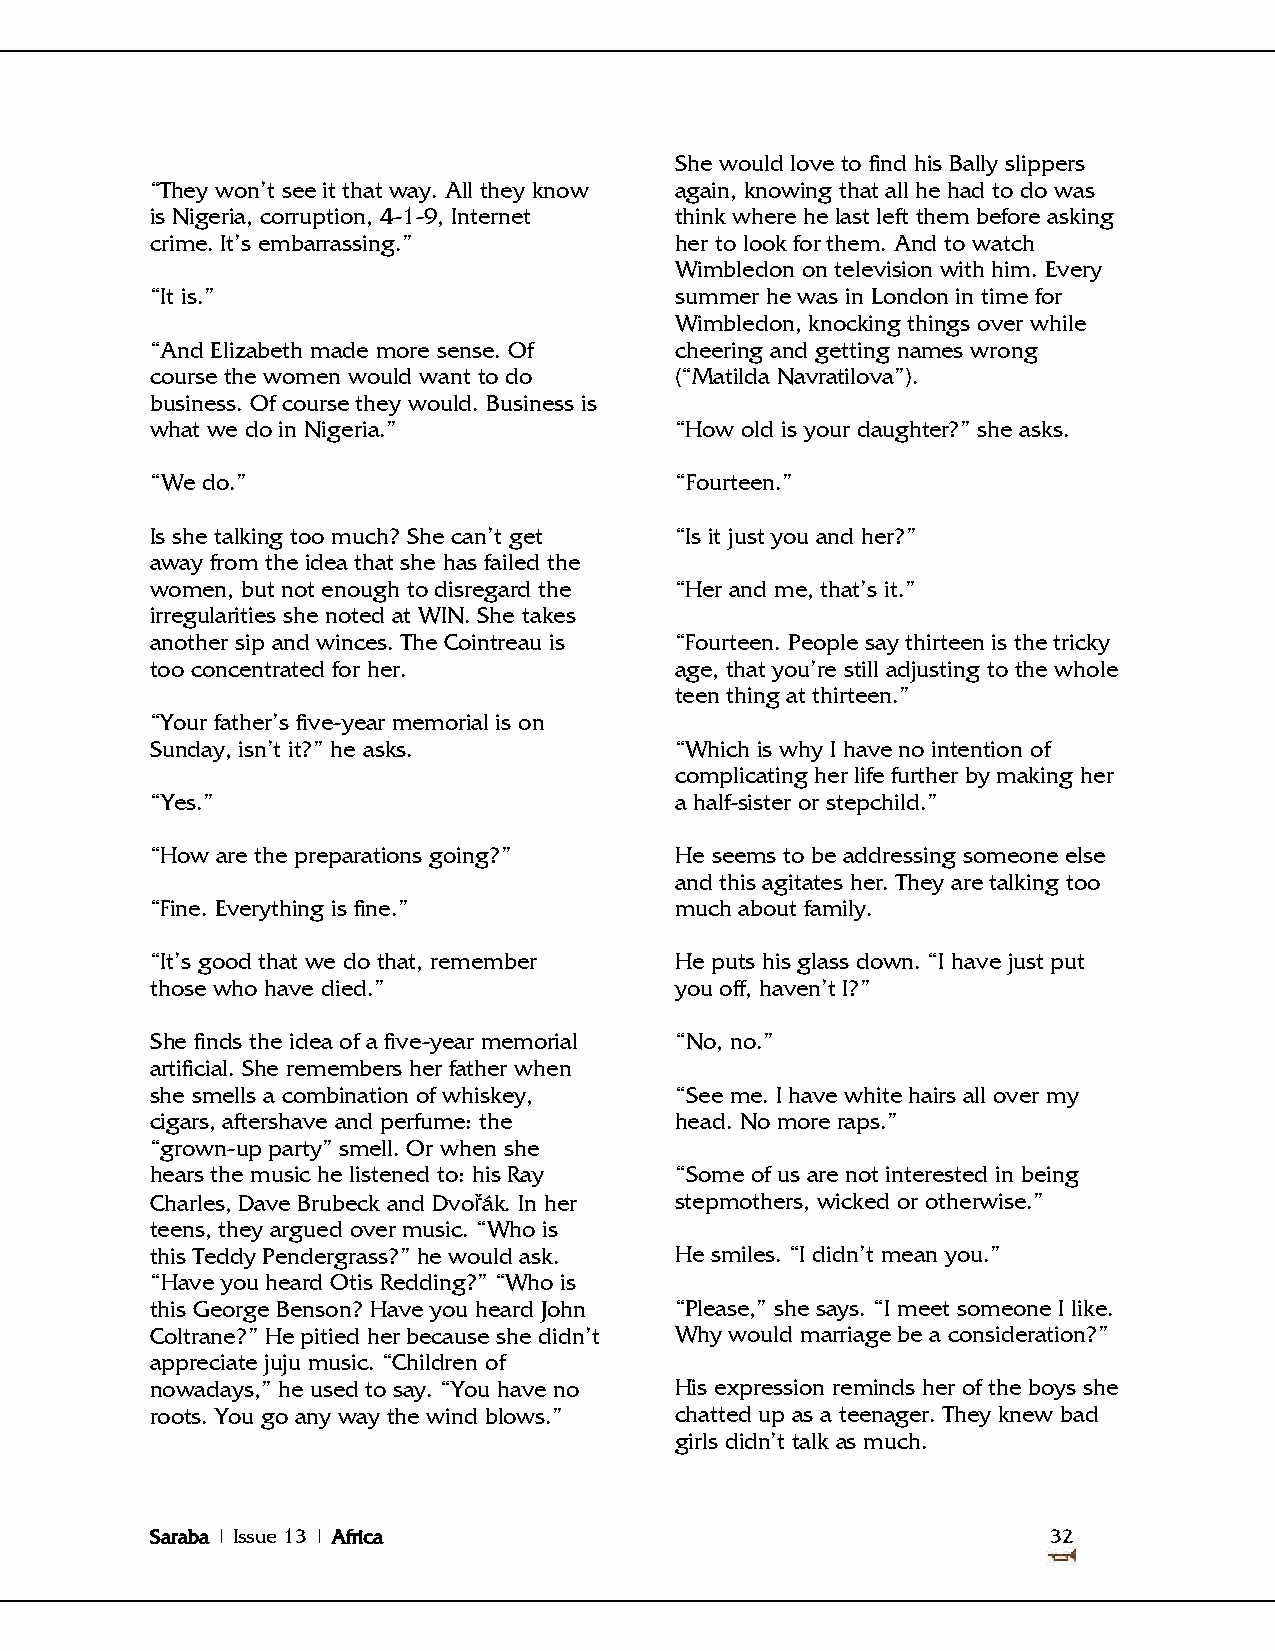
She would love to find his Bally slippers
 ―They won‘t see it that way. All they know again, knowing that all he had to do was
 is Nigeria, corruption, 4-1-9, Internet think where he last left them before asking
 crime. It‘s embarrassing.‖         her to look for them. And to watch
 Wimbledon on television with him. Every
 ―It is.‖                           summer he was in London in time for
 Wimbledon, knocking things over while
 ―And Elizabeth made more sense. Of cheering and getting names wrong
 course the women would want to do  (―Matilda Navratilova‖).
 business. Of course they would. Business is
 what we do in Nigeria.‖            ―How old is your daughter?‖ she asks.
 ―We do.‖                           ―Fourteen.‖
 Is she talking too much? She can‘t get ―Is it just you and her?‖
 away from the idea that she has failed the
 women, but not enough to disregard the ―Her and me, that‘s it.‖
 irregularities she noted at WIN. She takes
 another sip and winces. The Cointreau is ―Fourteen. People say thirteen is the tricky
 too concentrated for her.          age, that you‘re still adjusting to the whole
 teen thing at thirteen.‖
 ―Your father‘s five-year memorial is on
 Sunday, isn‘t it?‖ he asks.        ―Which is why I have no intention of
 complicating her life further by making her
 ―Yes.‖                             a half-sister or stepchild.‖
 ―How are the preparations going?‖  He seems to be addressing someone else
 and this agitates her. They are talking too
 ―Fine. Everything is fine.‖        much about family.
 ―It‘s good that we do that, remember He puts his glass down. ―I have just put
 those who have died.‖              you off, haven‘t I?‖
 She finds the idea of a five-year memorial ―No, no.‖
 artificial. She remembers her father when
 she smells a combination of whiskey, ―See me. I have white hairs all over my
 cigars, aftershave and perfume: the head. No more raps.‖
 ―grown-up party‖ smell. Or when she
 hears the music he listened to: his Ray ―Some of us are not interested in being
 Charles, Dave Brubeck and Dvořák. In her stepmothers, wicked or otherwise.‖
 teens, they argued over music. ―Who is
 this Teddy Pendergrass?‖ he would ask. He smiles. ―I didn‘t mean you.‖
 ―Have you heard Otis Redding?‖ ―Who is
 this George Benson? Have you heard John ―Please,‖ she says. ―I meet someone I like.
 Coltrane?‖ He pitied her because she didn‘t Why would marriage be a consideration?‖
 appreciate juju music. ―Children of
 nowadays,‖ he used to say. ―You have no His expression reminds her of the boys she
 roots. You go any way the wind blows.‖ chatted up as a teenager. They knew bad
 girls didn‘t talk as much.
 Saraba | Issue 13 | Africa                                  32